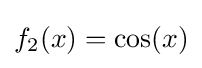
f_{2}(x)=\cos(x)